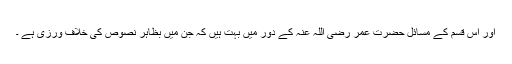
اور اس قسم کے مسائل حضرت عمر رضی اللہ عنہ کے دور میں بہت ہیں کہ جن میں بظاہر نصوص کی خلاف ورزی ہے ۔